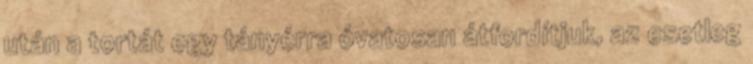
után a tortát egy tányérra óvatosan átfordítjuk, az esetleg